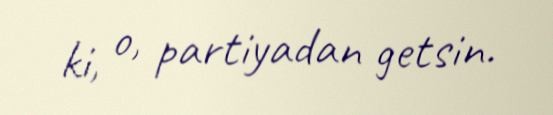
ki, o, partiyadan getsin.